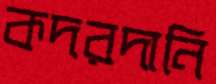
কদরদানি